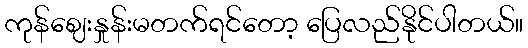
ကုန်ဈေးနှုန်းမတက်ရင်တော့ ပြေလည်နိုင်ပါတယ်။